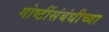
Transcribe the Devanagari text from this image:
गोष्टींसंबंधीच्या